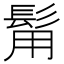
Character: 𩬮